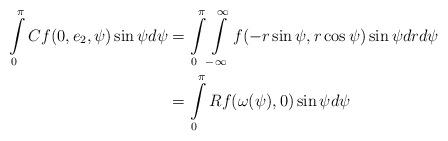
LaTeX: \begin{align*}\int\limits_0^\pi Cf(0, e_2,\psi)\sin \psi d\psi&=\int\limits_0^\pi \int\limits_{-\infty}^\infty f(-r\sin \psi, r\cos \psi)\sin\psi dr d\psi\\&=\int\limits_0^\pi Rf(\omega(\psi),0)\sin\psi d\psi\end{align*}